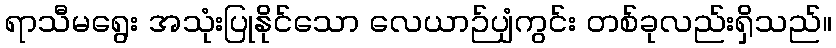
ရာသီမရွေး အသုံးပြုနိုင်သော လေယာဉ်ပျံကွင်း တစ်ခုလည်းရှိသည်။